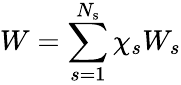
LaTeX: W=\sum_{s=1}^{N_{\mathrm{s}}}\chi_{s}W_{s}